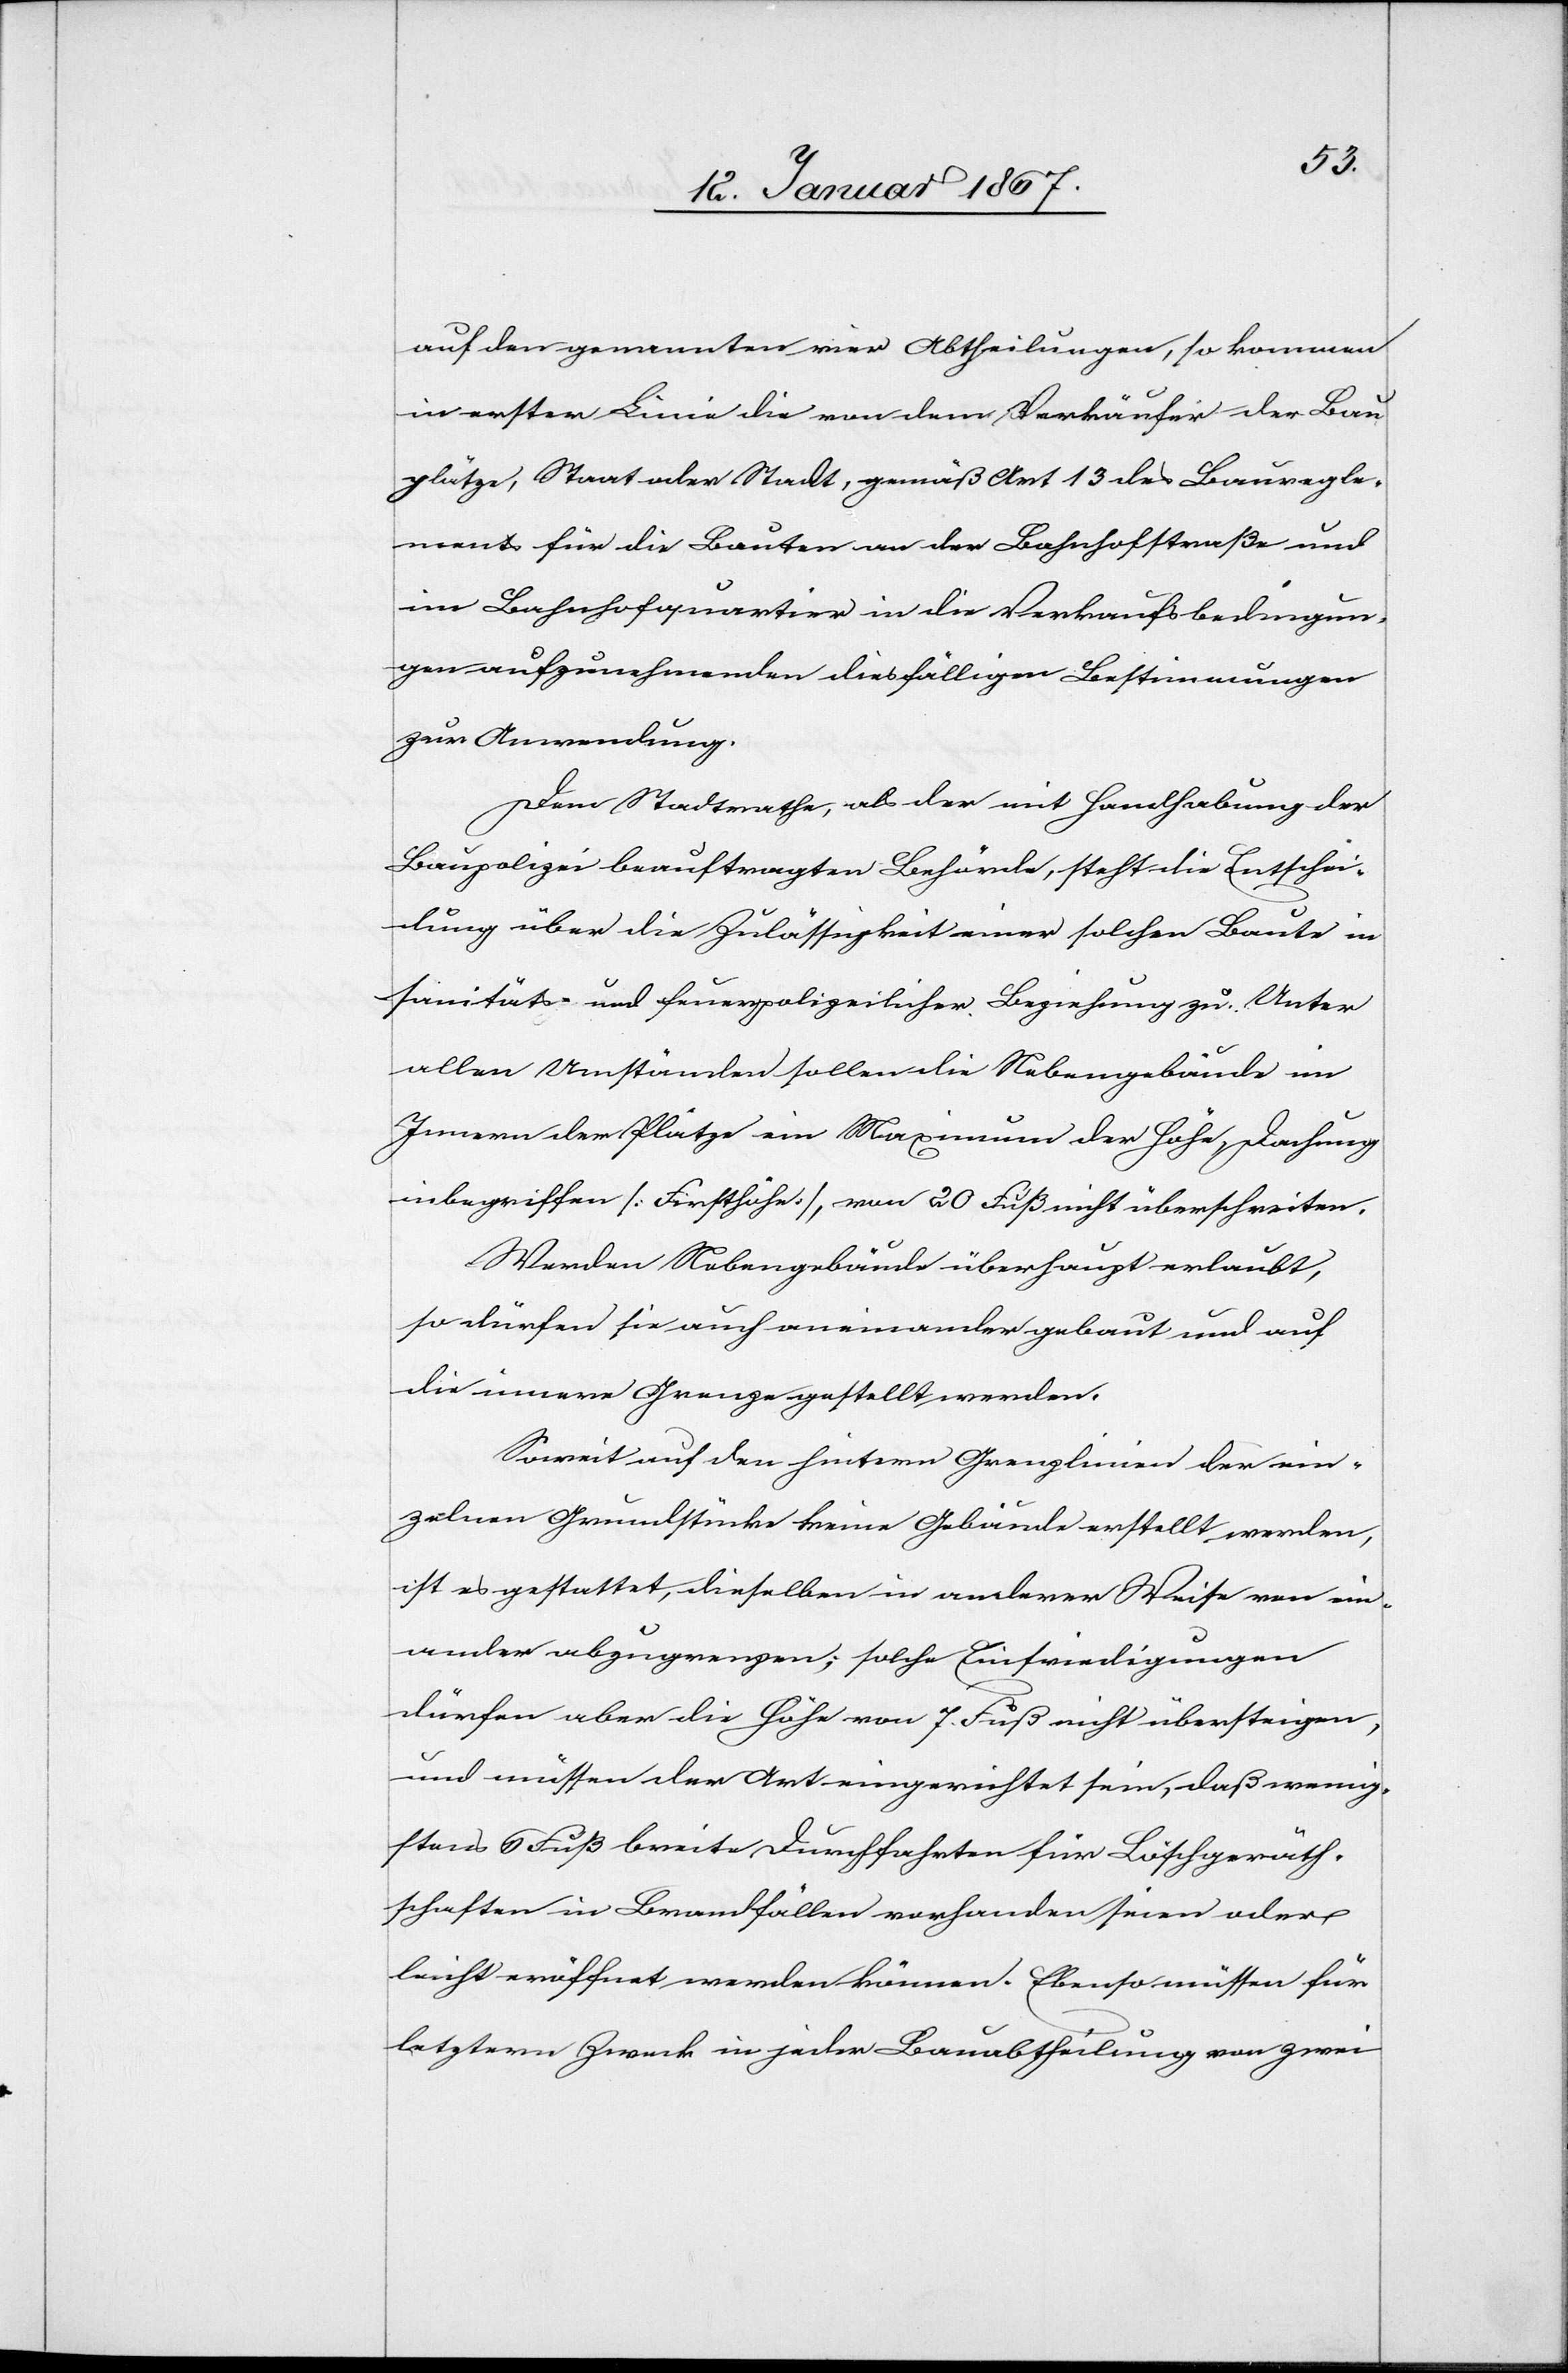
auf den genannten vier Abtheilungen, so kommen
in erster Linie die von dem Verkäufer der Bau¬
plätze, Staat oder Stadt, gemäß Art 13 des Bauregle¬
ments für die Bauten an der Bahnhofstraße und
im Bahnhofquartier in die Verkaufsbedingun¬
gen aufzunehmenden diesfälligen Bestimmungen
zur Anwendung.
Dem Stadtrath, als der mit Handhabung der
Baupolizei beauftragten Behörde, steht die Entschei¬
dung über die Zulässigkeit einer solchen Baute in
sanitäts- und feuerpolizeilicher Beziehung zu. Unter
allen Umständen sollen die Nebengebäude im
Innern der Plätze ein Maximum der Höhe, Dachung
inbegriffen [Firsthöhe], von 20 Fuß nicht überschreiten.
Werden Nebengebäude überhaupt erlaubt,
so dürfen sie auch aneinander gebaut und auf
die innere Grenze gestellt werden.
Soweit auf den hintern Grenzlinien der ein¬
zelnen Grundstücke keine Gebäude erstellt werden,
ist es gestattet, dieselben in anderer Weise von ein¬
ander abzugrenzen; solche Einfriedigungen
dürfen aber die Höhe von 7 Fuß nicht übersteigen,
und müssen der Art eingerichtet sein, daß wenig¬
stens 6 Fuß breite Durchfahrten für Löschgerät¬
schaften in Brandfällen vorhanden seien oder
leicht eröffnet werden können. Ebenso müssen für
letztern Zweck in jeder Bauabtheilung von zwei